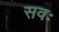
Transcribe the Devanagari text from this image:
सवः